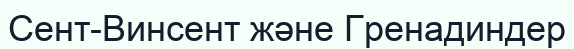
Сент-Винсент және Гренадиндер